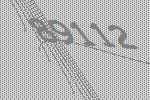
89112